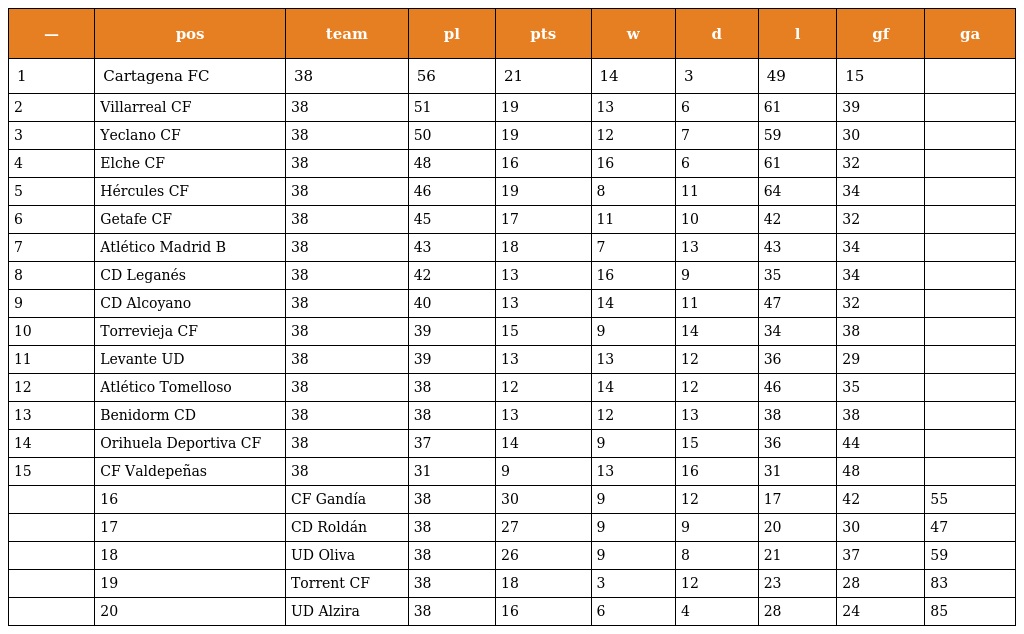
| — | pos | team | pl | pts | w | d | l | gf | ga |
 | --- | --- | --- | --- | --- | --- | --- | --- | --- | --- |
 | 1 | Cartagena FC | 38 | 56 | 21 | 14 | 3 | 49 | 15 |  |
 | 2 | Villarreal CF | 38 | 51 | 19 | 13 | 6 | 61 | 39 |  |
 | 3 | Yeclano CF | 38 | 50 | 19 | 12 | 7 | 59 | 30 |  |
 | 4 | Elche CF | 38 | 48 | 16 | 16 | 6 | 61 | 32 |  |
 | 5 | Hércules CF | 38 | 46 | 19 | 8 | 11 | 64 | 34 |  |
 | 6 | Getafe CF | 38 | 45 | 17 | 11 | 10 | 42 | 32 |  |
 | 7 | Atlético Madrid B | 38 | 43 | 18 | 7 | 13 | 43 | 34 |  |
 | 8 | CD Leganés | 38 | 42 | 13 | 16 | 9 | 35 | 34 |  |
 | 9 | CD Alcoyano | 38 | 40 | 13 | 14 | 11 | 47 | 32 |  |
 | 10 | Torrevieja CF | 38 | 39 | 15 | 9 | 14 | 34 | 38 |  |
 | 11 | Levante UD | 38 | 39 | 13 | 13 | 12 | 36 | 29 |  |
 | 12 | Atlético Tomelloso | 38 | 38 | 12 | 14 | 12 | 46 | 35 |  |
 | 13 | Benidorm CD | 38 | 38 | 13 | 12 | 13 | 38 | 38 |  |
 | 14 | Orihuela Deportiva CF | 38 | 37 | 14 | 9 | 15 | 36 | 44 |  |
 | 15 | CF Valdepeñas | 38 | 31 | 9 | 13 | 16 | 31 | 48 |  |
 |  | 16 | CF Gandía | 38 | 30 | 9 | 12 | 17 | 42 | 55 |
 |  | 17 | CD Roldán | 38 | 27 | 9 | 9 | 20 | 30 | 47 |
 |  | 18 | UD Oliva | 38 | 26 | 9 | 8 | 21 | 37 | 59 |
 |  | 19 | Torrent CF | 38 | 18 | 3 | 12 | 23 | 28 | 83 |
 |  | 20 | UD Alzira | 38 | 16 | 6 | 4 | 28 | 24 | 85 |